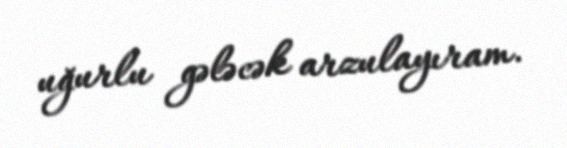
uğurlu gələcək arzulayıram.